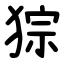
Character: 猔